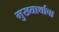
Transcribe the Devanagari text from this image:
मुख्यार्थाचा